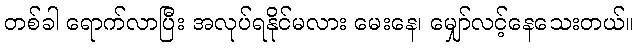
တစ်ခါ ရောက်လာပြီး အလုပ်ရနိုင်မလား မေးနေ၊ မျှော်လင့်နေသေးတယ်။